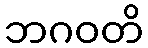
ဘဂဝတိ